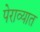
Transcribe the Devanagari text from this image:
पेराव्यात